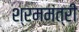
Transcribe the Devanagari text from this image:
श्रममंत्री